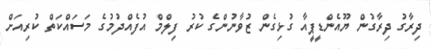
ދިރާގު ދިރާގުން ޔޫއެންޑީޕީއާ ގުޅިގެން ޒުވާނުންގެ ކުރު ފިލްމް އުފެއްދުމުގެ މަސައްކަތް ކުރިއަށް